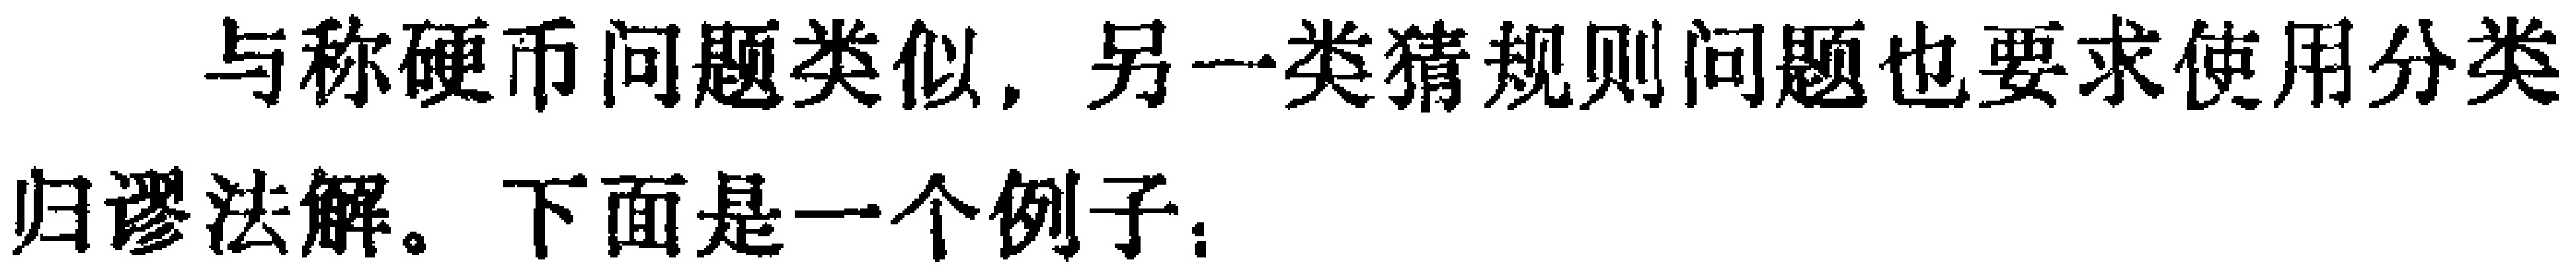
与称硬币问题类似，另一类猜规则问题也要求使用分类
归谬法解。下面是一个例子：